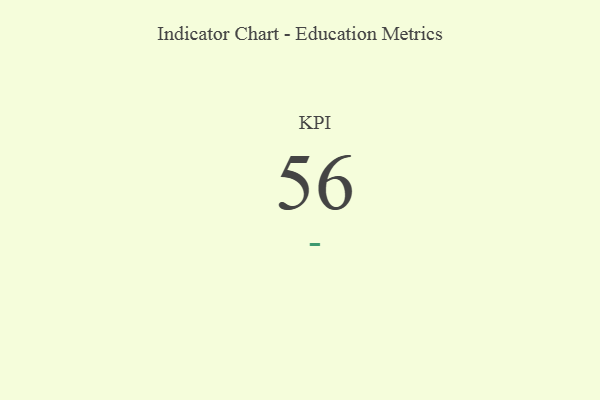
{"axis": {"x": "KPI", "y": "Value"}, "legend": [""], "data": [{"x": "KPI", "y": 56, "type": ""}]}